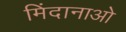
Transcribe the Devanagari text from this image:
मिंदानाओ